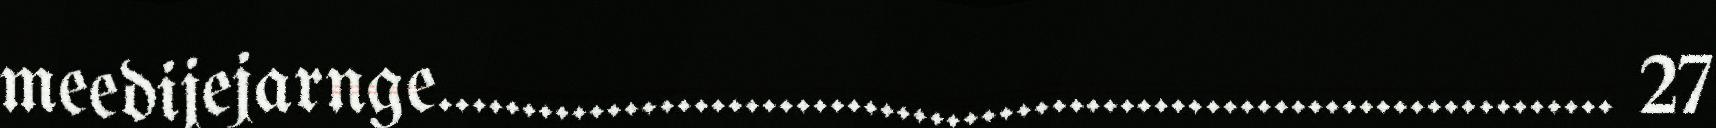
meedijejarnge..................................................................... 27